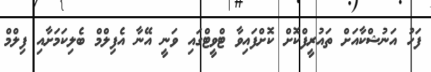
ފަހު އަނުޝްކާއަށް ތައުރީފްކޮށް ކޮށްފައިވާ ޓްވީޓްގައި ވަނީ އޭނާ އެފިލްމް ބެލިކަމަށާއި ފިލްމް